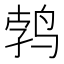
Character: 鹁